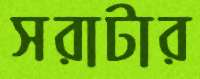
সরাটার